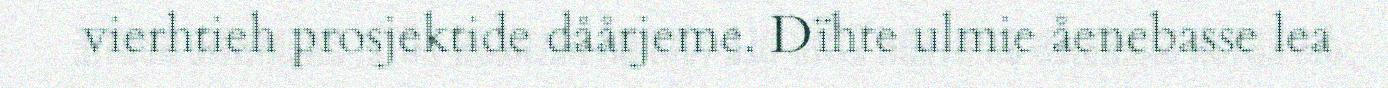
vierhtieh prosjektide dåårjeme. Dïhte ulmie åenebasse lea